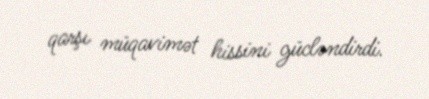
qarşı müqavimət hissini gücləndirdi.